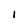
Character: I